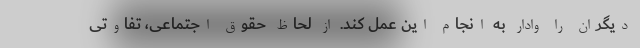
دیگران را وادار به انجام این عمل کند. از لحاظ حقوق اجتماعی، تفاوتی